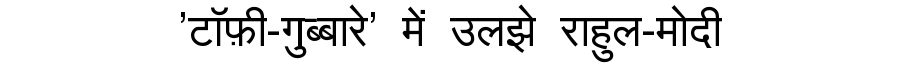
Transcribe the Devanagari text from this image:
'टॉफ़ी-गुब्बारे' में उलझे राहुल-मोदी